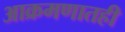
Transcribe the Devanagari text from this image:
आक्रमणातही